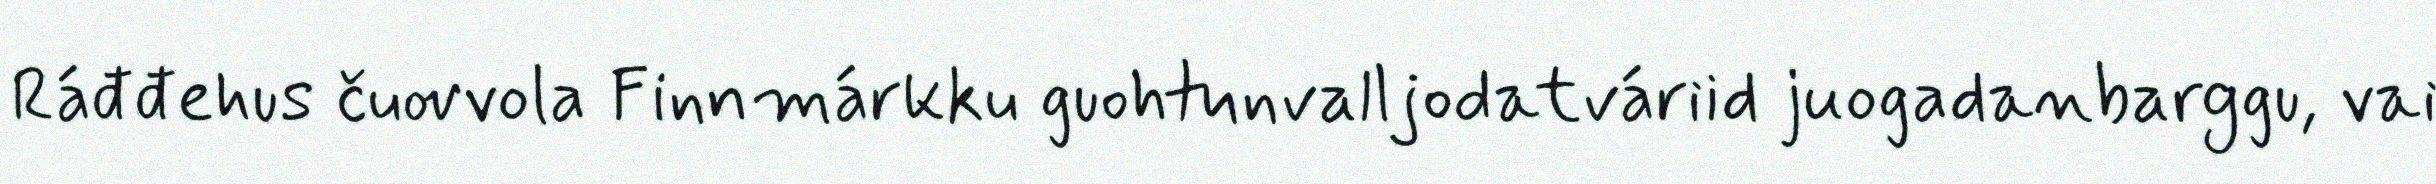
Ráđđehus čuovvola Finnmárkku guohtunvalljodatváriid juogadanbarggu, vai